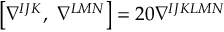
\left[ \nabla ^ { I J K } , \ \nabla ^ { L M N } \right] = 2 0 \nabla ^ { I J K L M N }